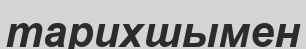
тарихшымен